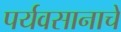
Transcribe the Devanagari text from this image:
पर्यवसानाचें